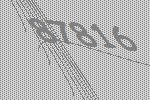
87816